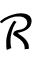
\mathcal { R }